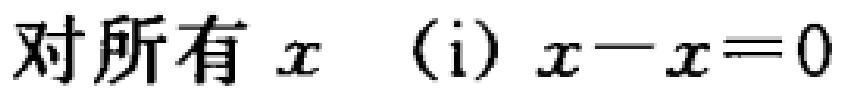
对所有 \(x\) (i) \(x - x = 0\)